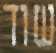
שוד